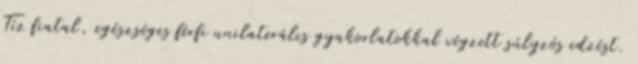
Tíz fiatal, egészséges férfi unilaterális gyakorlatokkal végzett súlyzós edzést.